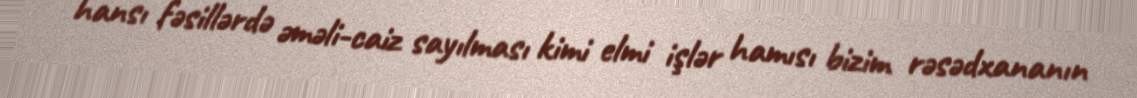
hansı fəsillərdə əməli-caiz sayılması kimi elmi işlər hamısı bizim rəsədxananın